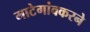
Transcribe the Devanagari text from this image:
माटेगांवकरने